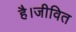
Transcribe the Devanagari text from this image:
है।जीवित